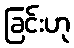
ခြင်းဟု